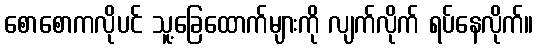
စောစောကလိုပင် သူ့ခြေထောက်များကို လျက်လိုက် ရပ်နေလိုက်။